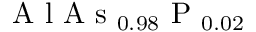
\mathrm { ~ A ~ l ~ A ~ s ~ } _ { 0 . 9 8 } \mathrm { ~ P ~ } _ { 0 . 0 2 }